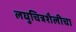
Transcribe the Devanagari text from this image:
लघुचित्रशैलीचा